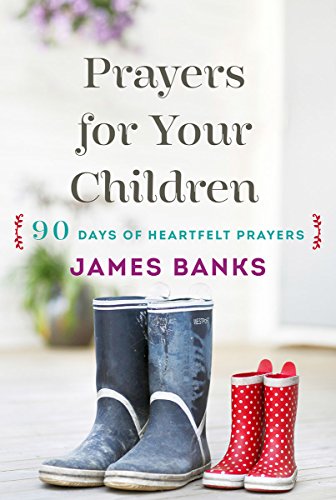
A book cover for Prayers for Your Children: 90 Days of Heartfelt Prayers for Children of Any Age; Dr. James Banks; Christian Books & Bibles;